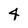
Character: 4